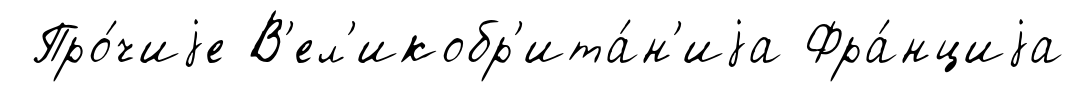
Про́чиjе В'ел'икобр'ита́н'иjа Фра́нциjа